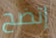
إتضح